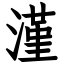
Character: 漌